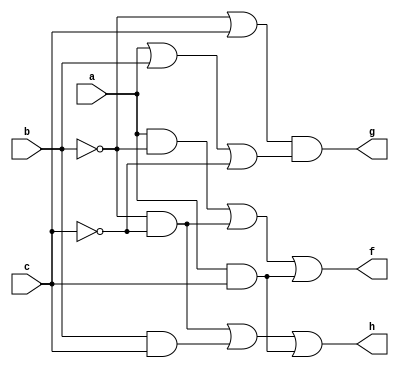
module p3(f, g, h, a, b, c); 
	output f, g, h;
	input a, b, c;
	
	not not1 (inv_a,a);
	not not2 (inv_b, b); 
	not not3 (inv_c, c); 
	
	and f_and1 (f_out1, a, inv_b);
	and f_and2 (f_out2, inv_b, inv_c);
	and f_and3 (f_out3, a, c); 
	or f_out (f, f_out1, f_out2, f_out3);
	
	or g_or1 (g_out1, inv_b, c); 
	or g_or2 (g_out2, a, b, inv_c); 
	and g_and (g, g_out1, g_out2); 
	
	and h_and1 (h_out1, inv_b, inv_c); 
	and h_and2 (h_out2, b, c); 
	and h_and3 (h_out3, a, c); 
	or h_out (h, h_out1, h_out2, h_out3); 
endmodule